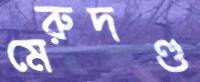
মেরুদণ্ড